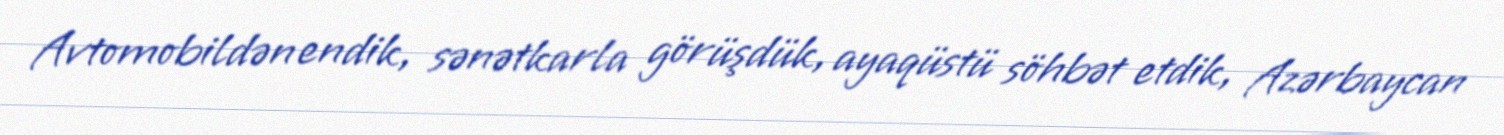
Avtomobildən endik, sənətkarla görüşdük, ayaqüstü söhbət etdik, Azərbaycan